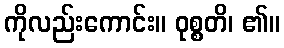
ကိုလည်းကောင်း။ ဝုစ္စတိ၊ ၏။